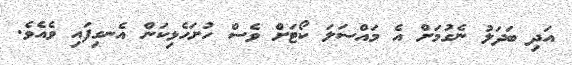
އަދި ބަދަލު ނެގުމަށް އެ މައްސަލަ ކޯޓަށް ވެސް ހުށަހެޅިކަން އެނގިފައި ވެއެވެ.